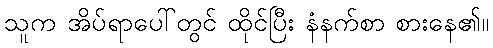
သူက အိပ်ရာပေါ်တွင် ထိုင်ပြီး နံနက်စာ စားနေ၏။